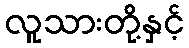
လူသားတို့နှင့်